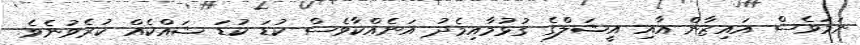
ނަމަވެސް އައިޒާން އާއި އީޝަލްގެ ގުޅުމާއިމެދު އަނެއްކާވެސް ކުޑަ ކުޑަ ޝައްކެއް ކުރެވުނެވެ.